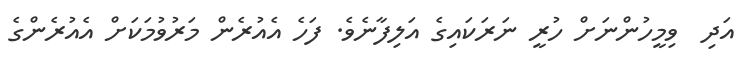
އަދި  ވިމީހުންނަށް ހުރީ ނަރަކައިގެ އަލިފާނެވެ. ފަހެ އެއުރެން މަރުވުމަކަށް އެއުރެންގެ